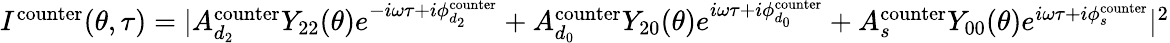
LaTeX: \begin{array}{r}{I^{\mathrm{{counter}}}(\theta,\tau)=|A_{d_{2}}^{\mathrm{counter}}Y_{22}(\theta)e^{-i\omega\tau+i\phi_{d_{2}}^{\mathrm{{counter}}}}+A_{d_{0}}^{\mathrm{counter}}Y_{20}(\theta)e^{i\omega\tau+i\phi_{d_{0}}^{\mathrm{{counter}}}}+A_{s}^{\mathrm{counter}}Y_{00}(\theta)e^{i\omega\tau+i\phi_{s}^{\mathrm{{counter}}}}|^{2}}\end{array}